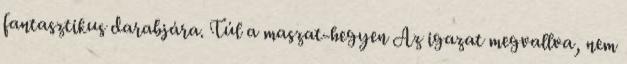
fantasztikus darabjára. Túl a maszat-hegyen Az igazat megvallva, nem